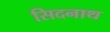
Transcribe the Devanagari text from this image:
सिदनाथ